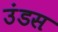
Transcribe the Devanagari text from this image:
उंडस